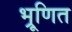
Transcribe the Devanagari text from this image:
भ्रूणित